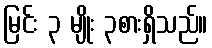
မြင်း ၃ မျိုး ၃စားရှိသည်။